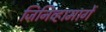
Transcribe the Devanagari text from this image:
जिनिव्हामार्गे